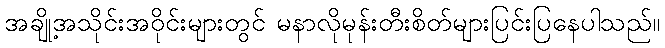
အချို့အသိုင်းအဝိုင်းများတွင် မနာလိုမုန်းတီးစိတ်များပြင်းပြနေပါသည်။